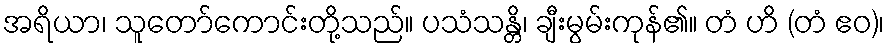
အရိယာ၊ သူတော်ကောင်းတို့သည်။ ပသံသန္တိ၊ ချီးမွမ်းကုန်၏။ တံ ဟိ (တံ ဧဝ)၊